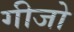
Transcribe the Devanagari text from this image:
गीजो